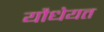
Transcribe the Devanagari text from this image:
यौधेयत